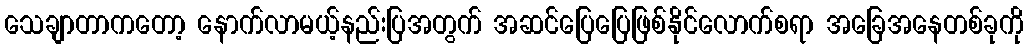
သေချာတာကတော့ နောက်လာမယ့်နည်းပြအတွက် အဆင်ပြေပြေဖြစ်နိုင်လောက်စရာ အခြေအနေတစ်ခုကို